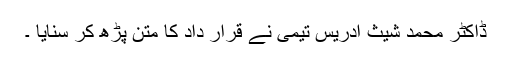
ڈاکٹر محمد شیث ادریس تیمی نے قرار داد کا متن پڑھ کر سنایا ۔